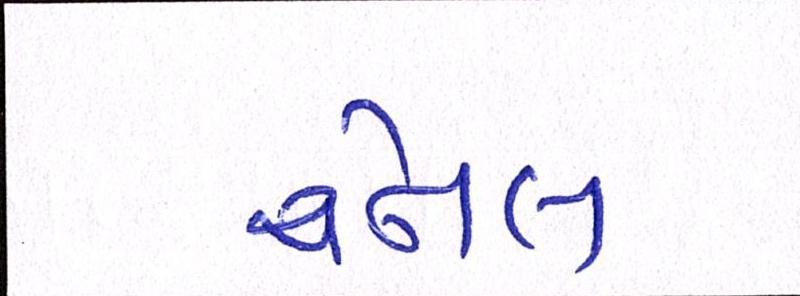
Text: ચેનલ